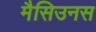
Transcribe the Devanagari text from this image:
मैसिउनस